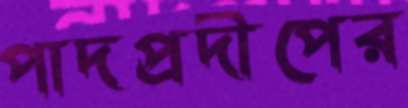
পাদপ্রদীপের